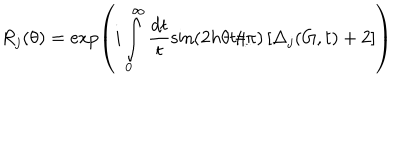
R _ { j } ( \theta ) = \exp \left( i \int _ { 0 } ^ { \infty } \frac { d t } { t } \sin \left( 2 h \theta t / \pi \right) \left[ \Delta _ { j } ( G , t ) + 2 \right] \right)